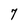
Character: 7